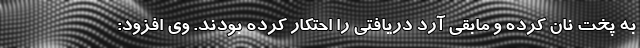
به پخت نان کرده و مابقی آرد دریافتی را احتکار کرده بودند. وی افزود: